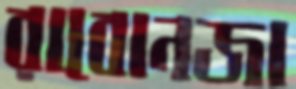
রাবোনজা